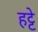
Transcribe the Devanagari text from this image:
हट्टे